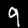
Digit: 9